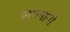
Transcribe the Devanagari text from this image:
संगमांनी